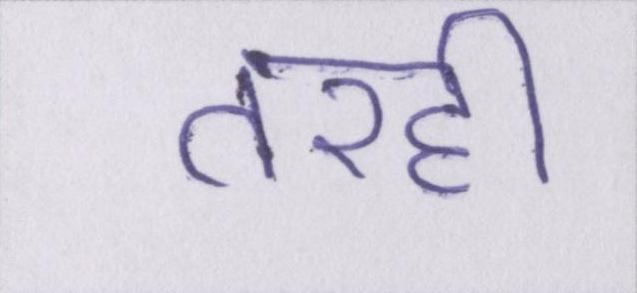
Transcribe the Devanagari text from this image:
तरही